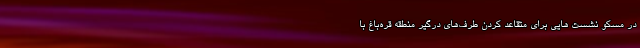
در مسکو نشست هایی برای متقاعد کردن طرف‌های درگیر منطقه قره‌باغ با